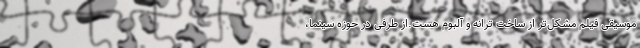
موسیقی فیلم مشکل‌تر از ساخت ترانه و آلبوم هست.از طرفی در حوزه سینما،